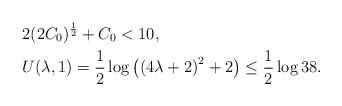
LaTeX: \begin{align*}&2(2C_0)^{\frac{1}{2}} + C_{0}<10,\\&U(\lambda,1)=\frac{1}{2}\log{\left(\left(4\lambda+2 \right)^2+2\right)}\leq \frac{1}{2}\log{38}.\end{align*}